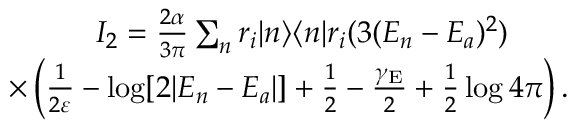
\begin{array} { r } { I _ { 2 } = \frac { 2 \alpha } { 3 \pi } \sum _ { n } r _ { i } | n \rangle \langle n | r _ { i } ( 3 ( E _ { n } - E _ { a } ) ^ { 2 } ) \qquad } \\ { \times \left( \frac { 1 } { 2 \varepsilon } - \log [ 2 | E _ { n } - E _ { a } | ] + \frac { 1 } { 2 } - \frac { \gamma _ { \mathrm { E } } } { 2 } + \frac { 1 } { 2 } \log 4 \pi \right) . } \end{array}